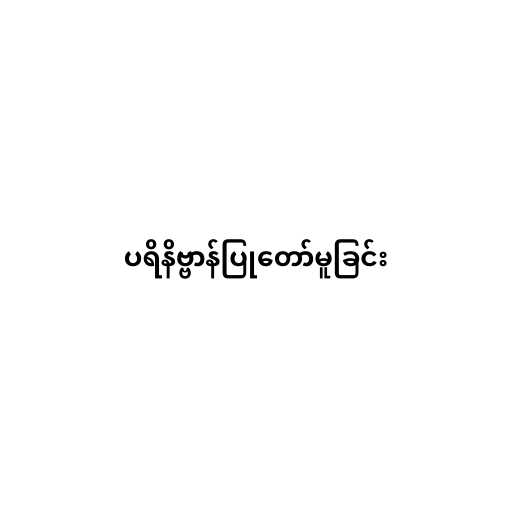
ပရိနိဗ္ဗာန်ပြုတော်မူခြင်း